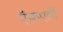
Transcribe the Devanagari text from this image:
ऍफ़एडी